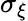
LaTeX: \sigma_{\xi}